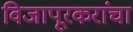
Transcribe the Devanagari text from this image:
विजापूरकरांचा